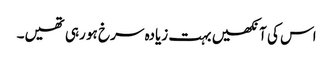
اس کی آنکھیں بہت زیادہ سرخ ہو رہی تھیں۔